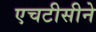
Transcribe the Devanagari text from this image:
एचटीसीने